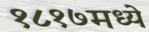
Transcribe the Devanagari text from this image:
१८१७मध्ये